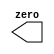
module top_module(
    output zero
);// Module body starts after semicolon

endmodule